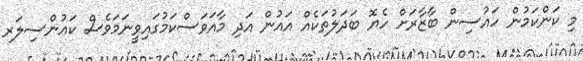
މި ކަންކަމުން ހައުސިން ބާޒާރަށް ހެޔޮ ބަދަލުތަކެއް އައުން އަދި މާއަވަސްކަމުގައިވީނަމަވެސް ކައުންސިލަރ